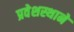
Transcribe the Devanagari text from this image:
प्रवेशस्थाने